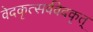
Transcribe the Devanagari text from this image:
वेदकृत्सर्ववेदकृत्